Source: Computer-generated
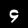
Digit: ၄ (4)